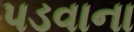
પડવાના